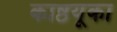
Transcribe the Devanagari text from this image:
काष्ठयूका